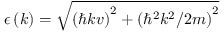
\epsilon \left( k \right) = \sqrt { \left( \hbar k v \right) ^ { 2 } + \left( \hbar ^ { 2 } k ^ { 2 } / 2 m \right) ^ { 2 } }